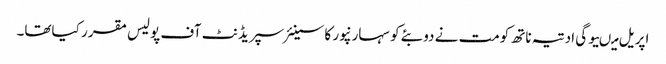
اپریل میںیوگی ادتیہ ناتھ کومت نے دوبئے کو سہارنپور کا سینئر سپریڈنٹ آف پولیس مقرر کیاتھا۔